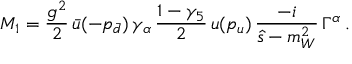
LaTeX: M _ { 1 } = \frac { g ^ { 2 } } { 2 } \, \bar { u } ( - p _ { \bar { d } } ) \, \gamma _ { \alpha } \, \frac { 1 - \gamma _ { 5 } } { 2 } \, u ( p _ { u } ) \, \frac { - i } { \hat { s } - m _ { W } ^ { 2 } } \, \Gamma ^ { \alpha } \, .